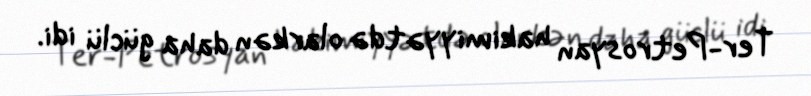
Ter-Petrosyan hakimiyyətdə olarkən daha güclü idi.